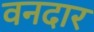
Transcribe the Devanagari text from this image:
वनदार